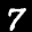
Label: 7